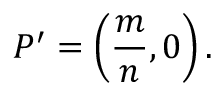
P ^ { \prime } = \left( { \frac { m } { n } } , 0 \right) .